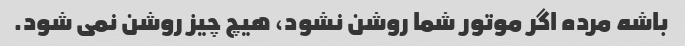
باشه مرده اگر موتور شما روشن نشود، هیچ چیز روشن نمی شود.